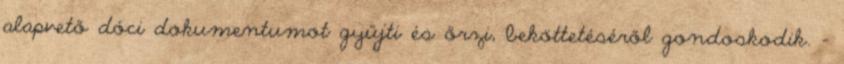
alapvető dóci dokumentumot gyűjti és őrzi, beköttetéséről gondoskodik. -